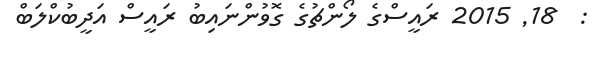
:  18